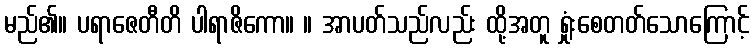
မည်၏။ ပရာဇေတီတိ ပါရာဇိကော။ ။ အာပတ်သည်လည်း ထို့အတူ ရှုံးစေတတ်သောကြောင့်